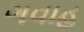
ગવાહ